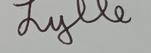
Signature authenticity: genuine